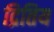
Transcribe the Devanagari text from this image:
द्रितिय